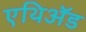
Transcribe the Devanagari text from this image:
एथिॲड